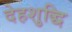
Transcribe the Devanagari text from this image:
देहशुद्धि